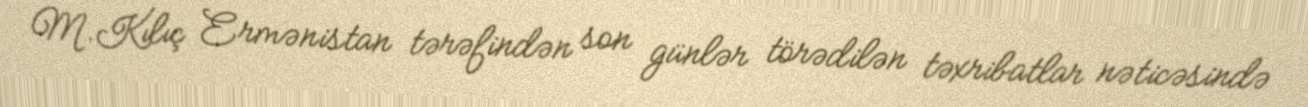
M.Kılıç Ermənistan tərəfindən son günlər törədilən təxribatlar nəticəsində